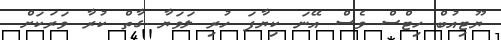
ޔޫޓިއުބް ހިޓްސް ވެސް އޭނަ ކިޔާފަ ހުރި ލަވަޔާ ގާތް ކުރާ ވަރަކަށް